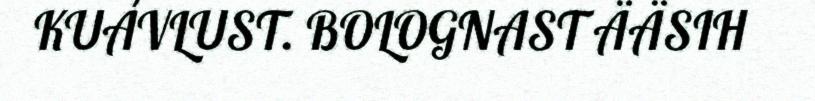
KUÁVLUST. BOLOGNAST ÄÄSIH